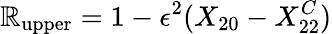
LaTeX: \mathbb{R}_{\mathrm{{upper}}}=1-\epsilon^{2}(X_{20}-X_{22}^{C})